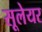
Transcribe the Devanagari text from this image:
सूलेयर